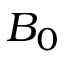
B _ { 0 }